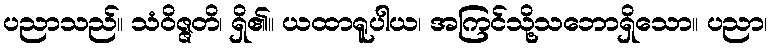
ပညာသည်။ သံဝိဇ္ဇတိ၊ ရှိ၏။ ယထာရူပါယ၊ အကြင်သို့သဘောရှိသော။ ပညာ၊